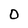
Character: 0